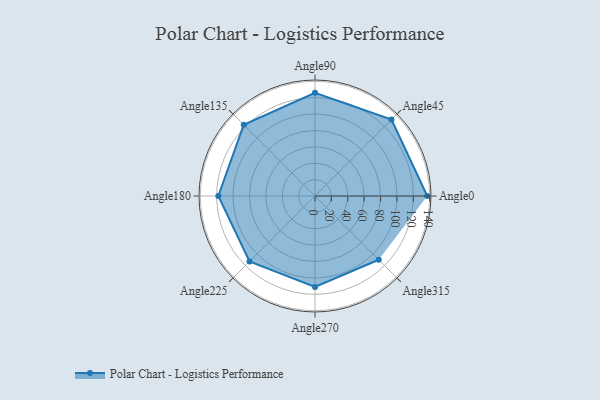
{"axis": {"x": "Angle", "y": "Radius"}, "legend": [""], "data": [{"x": "Angle0", "y": 137.0, "type": ""}, {"x": "Angle45", "y": 132.0, "type": ""}, {"x": "Angle90", "y": 126.0, "type": ""}, {"x": "Angle135", "y": 123.0, "type": ""}, {"x": "Angle180", "y": 118.0, "type": ""}, {"x": "Angle225", "y": 113.0, "type": ""}, {"x": "Angle270", "y": 111.0, "type": ""}, {"x": "Angle315", "y": 110.0, "type": ""}]}